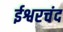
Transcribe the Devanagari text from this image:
ईश्वरचंद